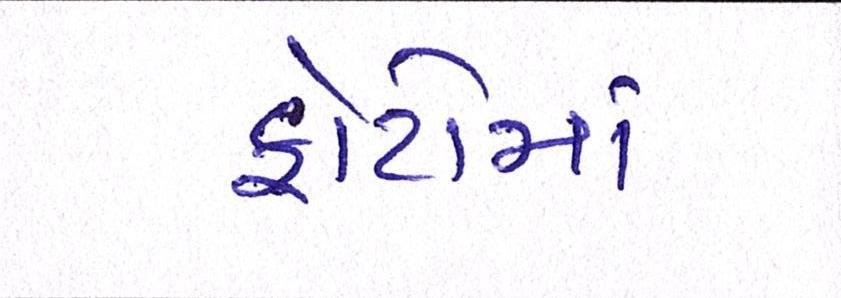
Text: ફોટોમાં